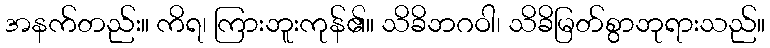
အနက်တည်း။ ကိရ၊ ကြားဘူးကုန်၏။ သိခိဘဂဝါ၊ သိခိမြတ်စွာဘုရားသည်။